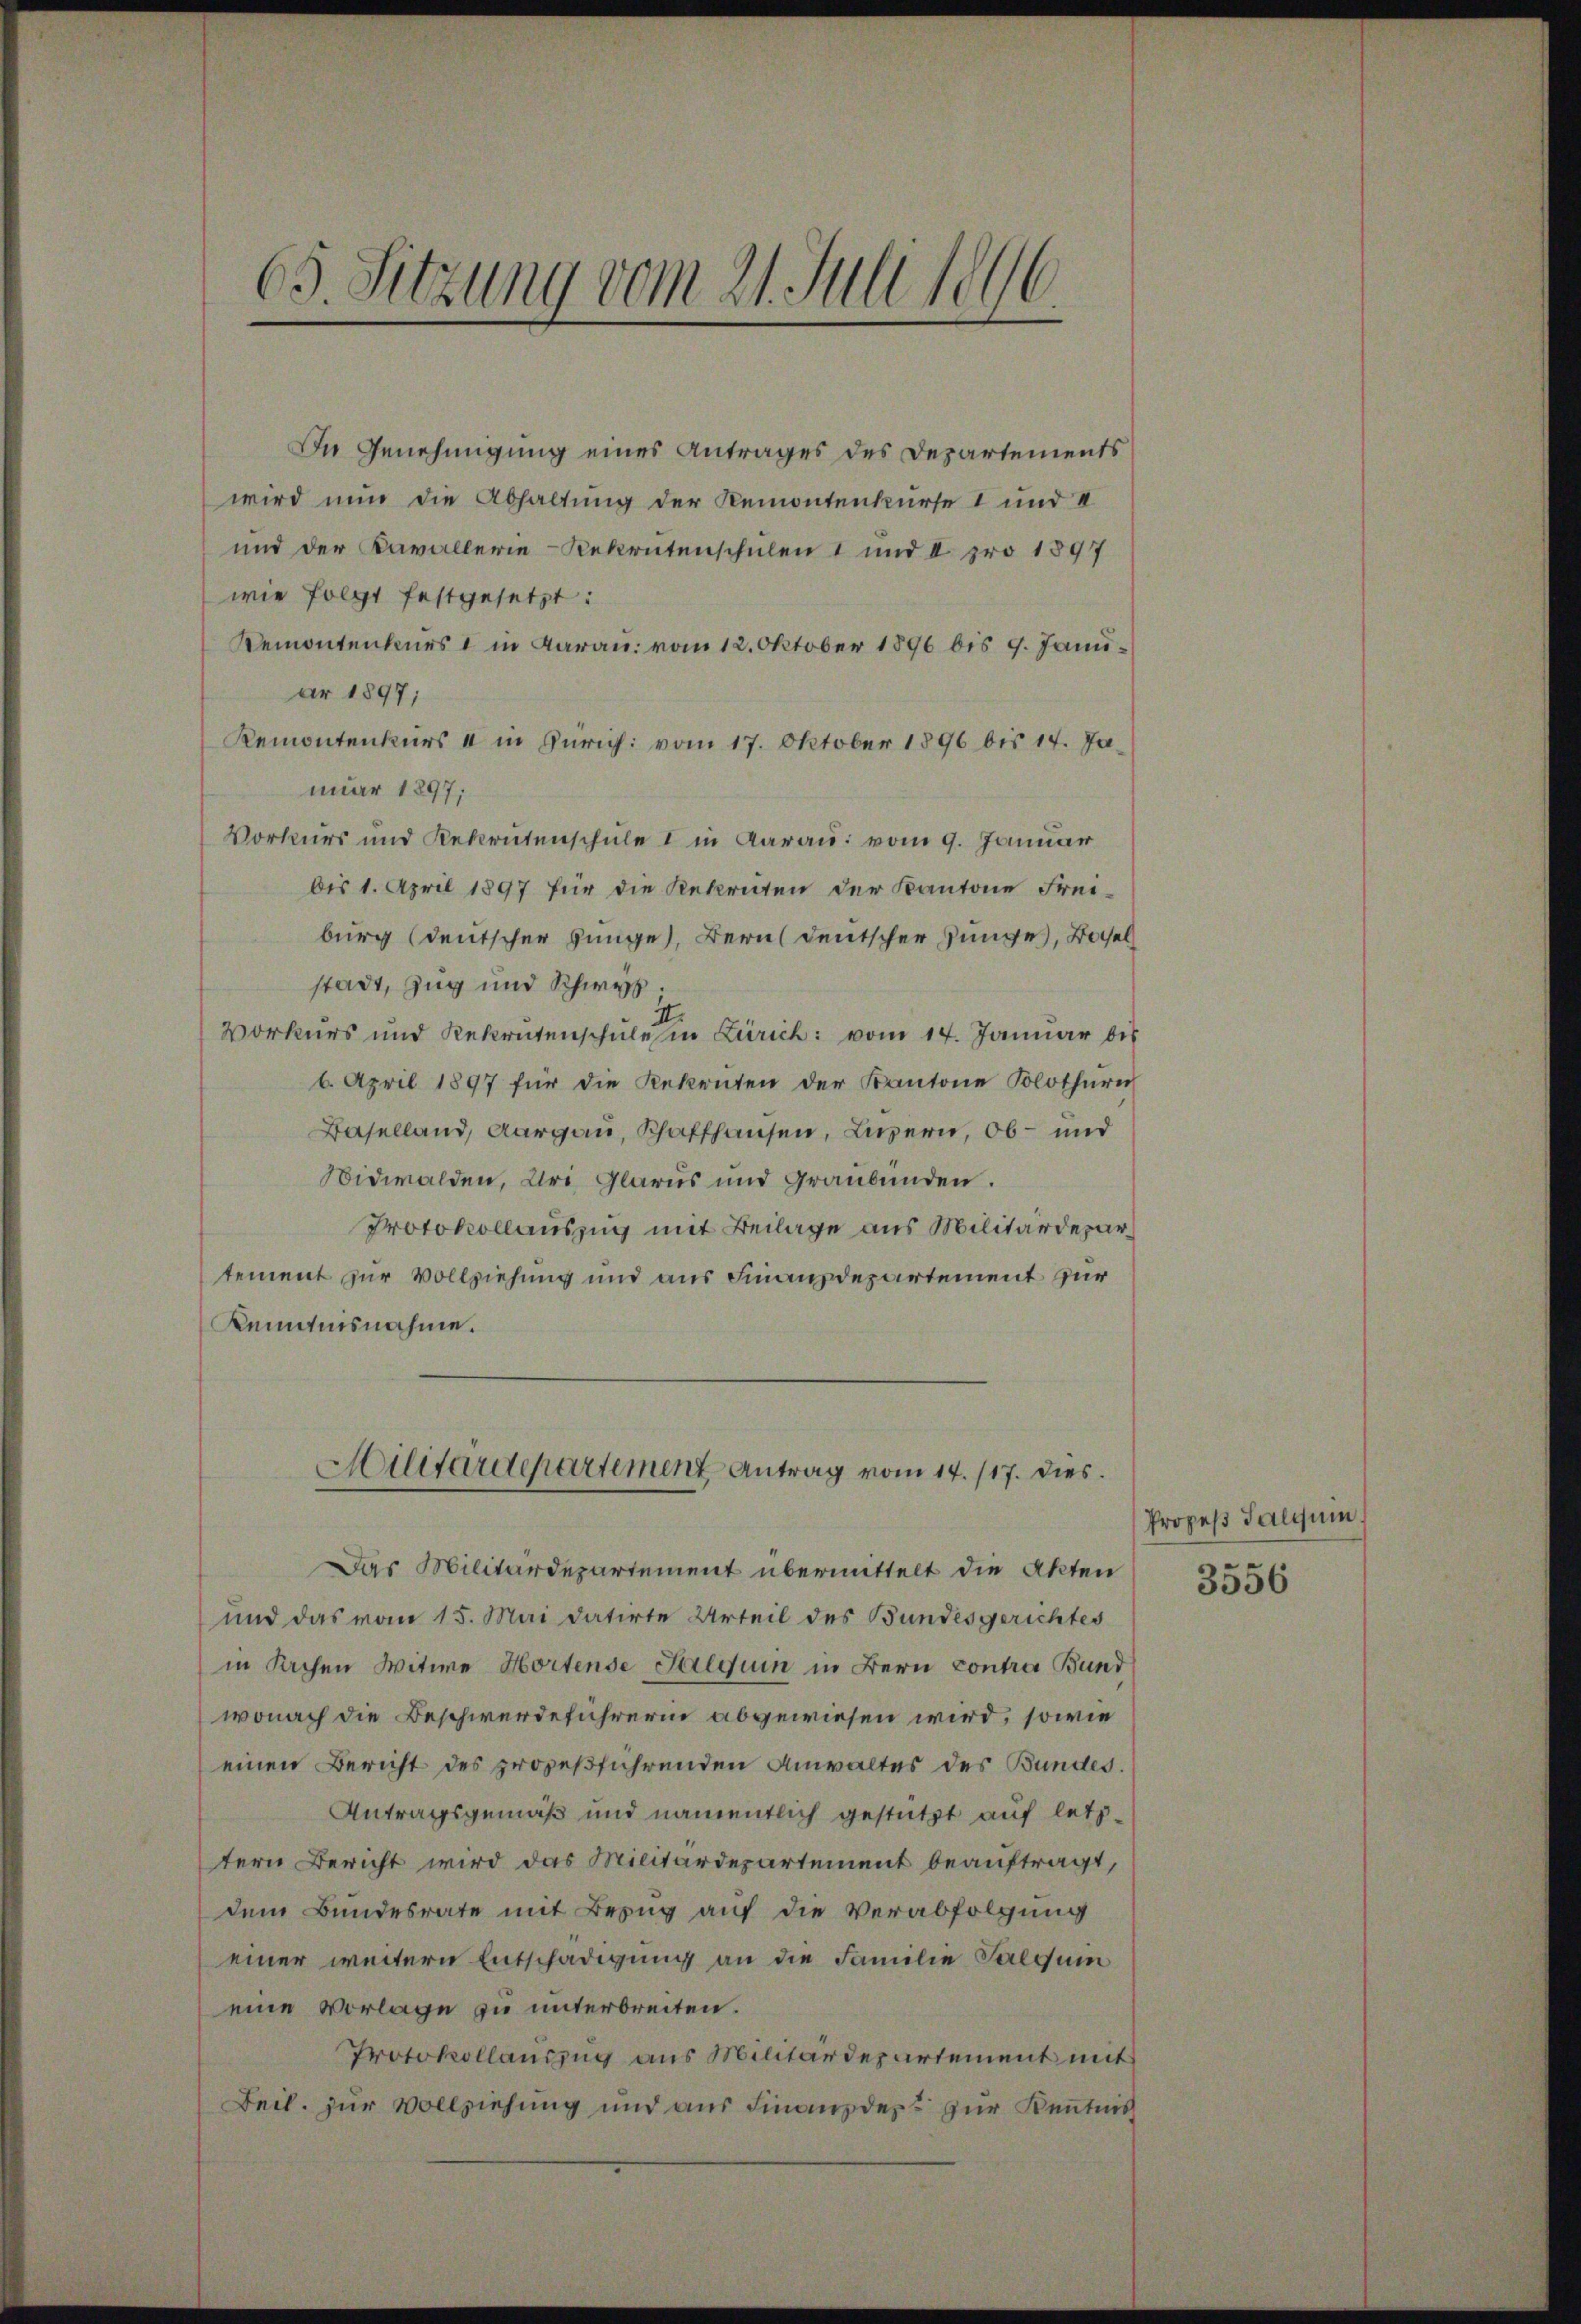
65. Sitzung vom 21. Juli 1896.

In Genehmigung eines Antrages des Departements
wird nun die Abhaltung der Remontenkurse I und I
und der Kavallerie-Rekrutenschulen I und II pro 1897
wie folgt festgesetzt:
Remontenkurs & in daran: vom 12. Oktober 1896 bis 9. Januar 1897;
Remontenkurs & in Zürich: vom 17. Oktober 1896 bis 14. Januar 1897;
Vorkurs und Rekrutenschule I in darau vom 9. Januar
bis 1. April 1897 für die Rekruten der Kantone Freiburg (deutscher junge), Bern deutscher Junges, Basel
stadt, Zug und Schwyz.
II.
Vorkurs und Rekrutenschulesen Zürich: vom 14. Januar bis
6. April 1897 für die Rekruten der Kantone Solothurn
Baselland, Aargau, Schaffhausen, Luzern, Ob- und
Nidwalden, Uri Glarus und Graubünden.
Protokollauszug mit Beilage aus Militärdepartement zur Vollziehung und aus Finanzdepartement für
Kenntnisnahme.
Militärdepartement Antrag vom 14. 117. dies
Das Militärdepartement übermittelt die Akten
und das vom 15. Mai datirte Urteil des Bundesgerichtes
in Sachen Witwe Hortense Jalquin in Bern contra Bund
wonach die Beschwerdeführerin abgewiesen wird, sowie
einen Bericht des prozeßführenden Anwaltes des Bundes.
Antragsgemäß und namentlich gestützt auf letztern Bericht wird das Militärdepartement beauftragt,
dem Bundesrate mit Bezug auf die Verabfolgung
einer weitern Entschädigung an die Familie Salqui
eine Vorlage zu unterbreiten.
Protokollauszug aus Militärdepartement mit
Beil. zur Vollziehung und aus Finanzder zur Kenntnis

Prozeß Salquin

3556